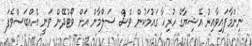
ނިންމާފައިވާއިރު އޭޝިޔާގެ ހުރިހާ ގައުމަކުން ވެސް ސަލްމާން އަށް ވޯޓުދޭން ވަނީ އެއްބަސްވެފަ